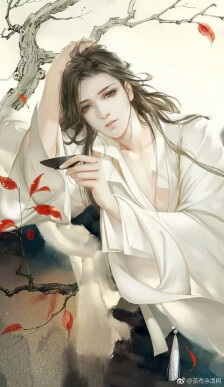
昔日横波目，今成流泪泉。